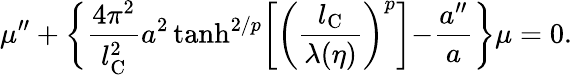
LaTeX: \mu^{\prime\prime}+\biggl\{ \frac{4\pi^{2}}{l_{\mathrm{C}}^{2}}a^{2}\operatorname{tanh}^{2/p}\biggl[\biggl(\frac{l_{\mathrm{C}}}{\lambda(\eta)}\biggr)^{p}\biggl]-\frac{a^{\prime\prime}}{a}\biggr\} \mu=0.